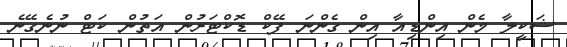
ޝަކީލާ މެން އިންޑިއާ އިން ގެންނަ ފޭކް ޑޮކްޓަރުން އަތުން ކަޓް ނުނެގޭނެ